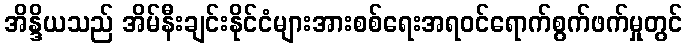
အိန္ဒိယသည် အိမ်နီးချင်းနိုင်ငံများအားစစ်ရေးအရဝင်ရောက်စွက်ဖက်မှုတွင်